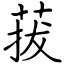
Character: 菝